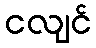
ငလျင်